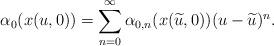
LaTeX: \begin{gather*}\alpha_{0}(x(u,0)) =\sum_{n=0}^{\infty}\alpha_{0,n} ( x ( \widetilde{u},0 ) ) (u-\widetilde{u}) ^{n}.\end{gather*}